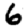
Digit: 6